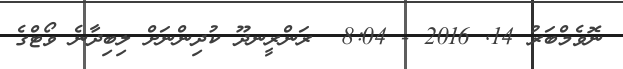
ނޮވެމްބަރު 14